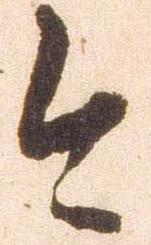
今